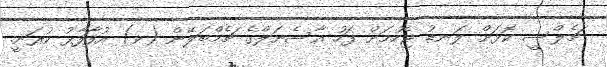
ޗެލްސީ ކޮޅަށް ލަނޑު ޖެހުމަށް ފަހު އާސެނަލްގެ ޗެމްބަލޭން (ވ) އުފާފާޅު ކުރަނީ.